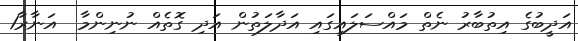
އަދީބުގެ އިތުބާރު ނެތް މައްސަލައިގައި އަދާލަތުން އަދި ގޮތެއް ނުނިންމާ  އަނާރާ1